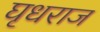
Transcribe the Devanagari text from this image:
घृधराज